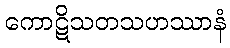
ကောဋိသတသဟဿာနံ